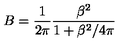
B = \frac { 1 } { 2 \pi } \frac { \beta ^ { 2 } } { 1 + \beta ^ { 2 } / 4 \pi }